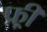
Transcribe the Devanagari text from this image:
फ्र्र्र्री